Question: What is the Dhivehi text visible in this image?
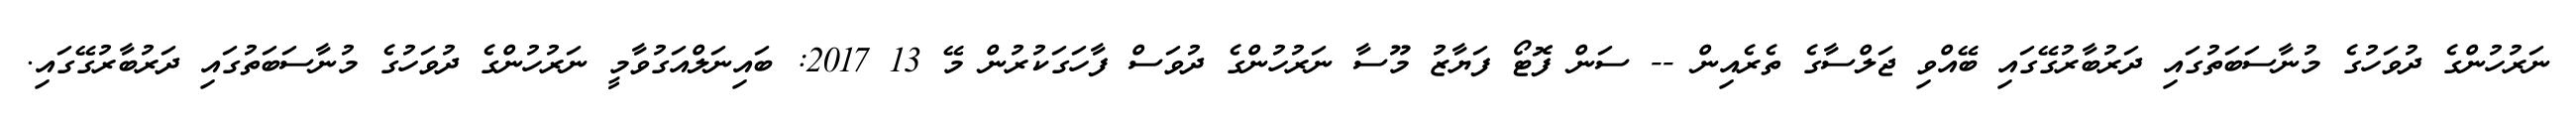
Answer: ނަރުހުންގެ ދުވަހުގެ މުނާސަބަތުގައި ދަރުބާރުގޭގައި ބޭއްވި ޖަލްސާގެ ތެރެއިން -- ސަން ފޮޓޯ ފަޔާޒު މޫސާ ނަރުހުންގެ ދުވަސް ފާހަގަކުރުން މޭ 13 2017: ބައިނަލްއަގުވާމީ ނަރުހުންގެ ދުވަހުގެ މުނާސަބަތުގައި ދަރުބާރުގޭގައި.